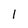
Character: 1